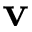
\textbf { v }